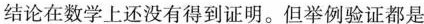
结论在数学上还没有得到证明。但举例验证都是